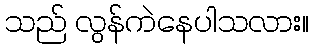
သည် လွန်ကဲနေပါသလား။